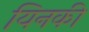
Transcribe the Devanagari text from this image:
यिनकी